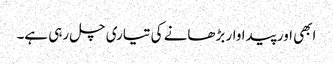
ابھی اور پیداوار بڑھانے کی تیاری چل رہی ہے۔